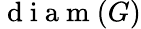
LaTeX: \mathrm{~d~i~a~m~}(G)